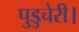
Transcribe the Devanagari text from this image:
पुडुचेरी।